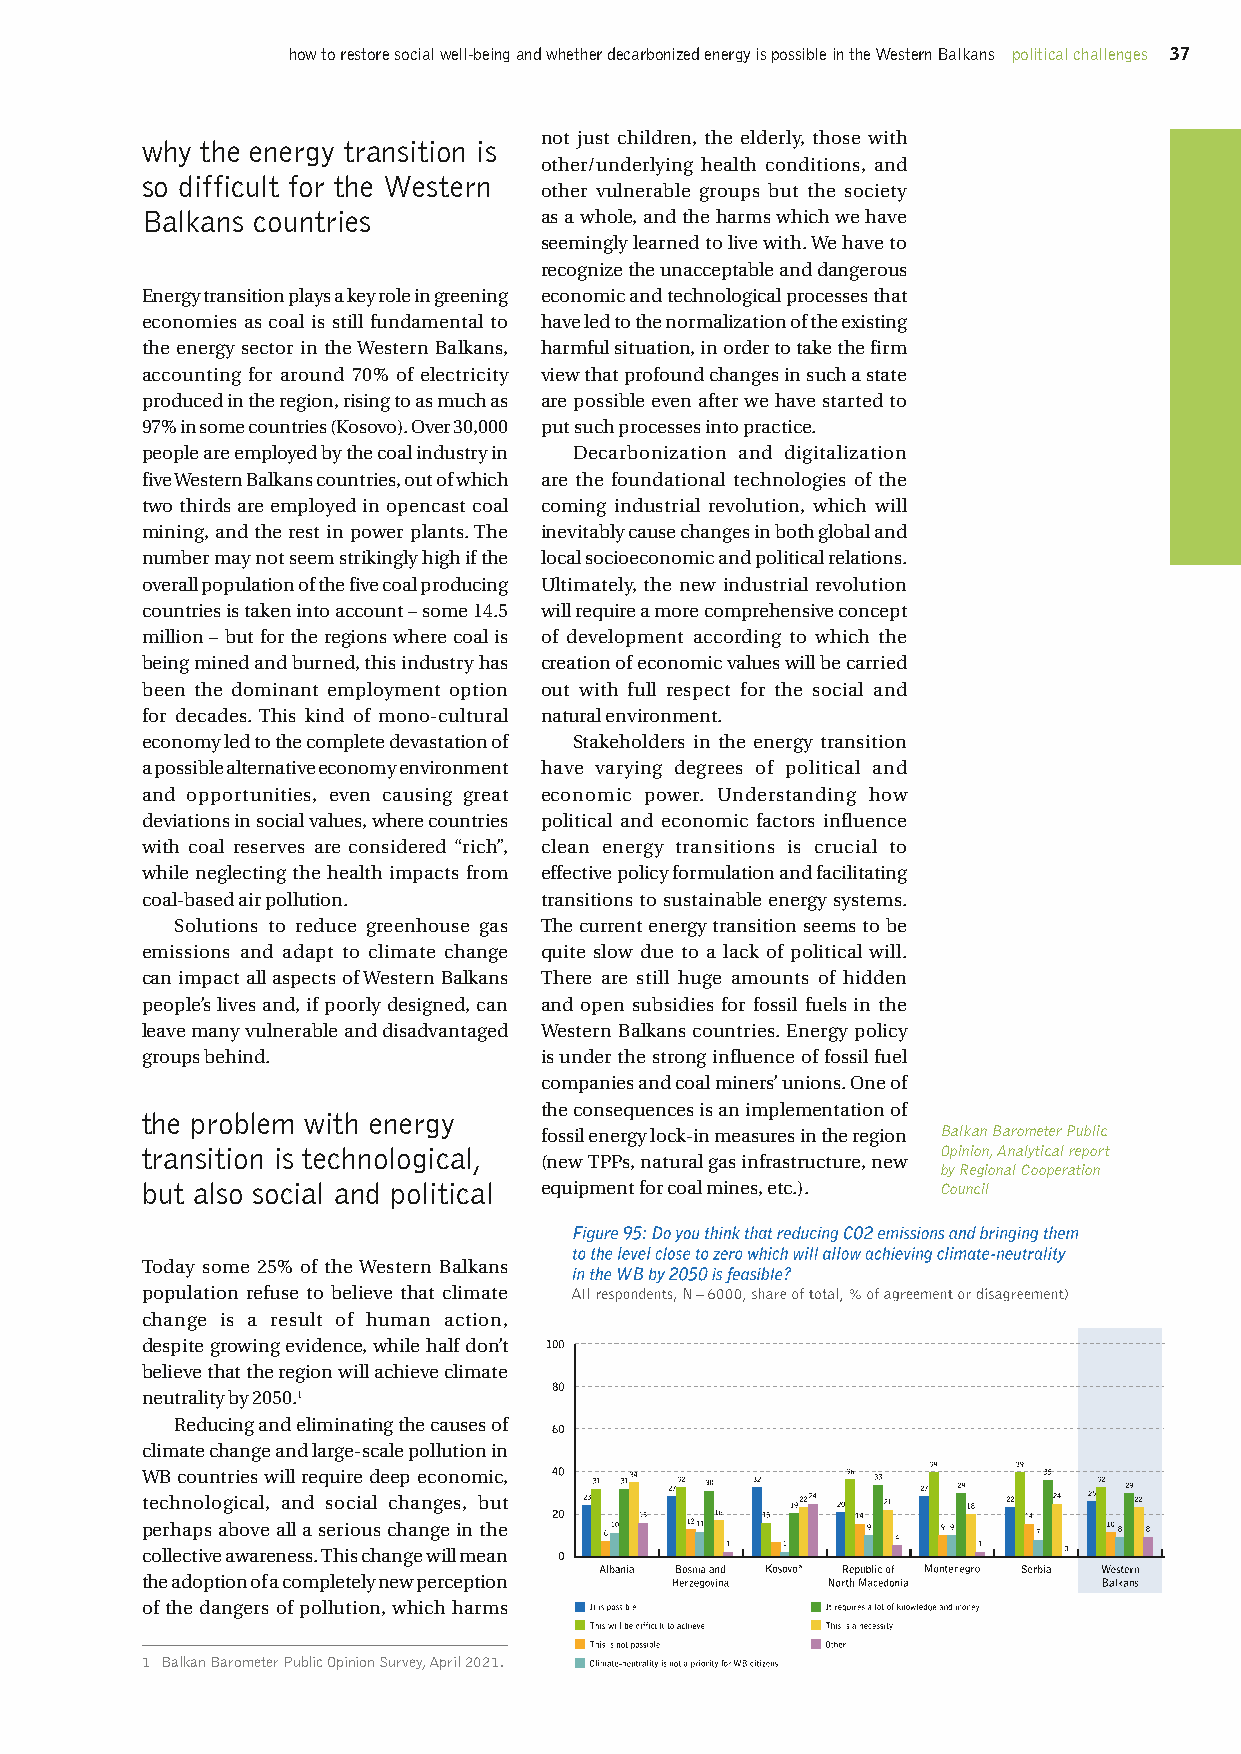
how to restore social well-being and whether decarbonized energy is possible in the Western Balkans political challenges 37
 not just children, the elderly, those with
 why the energy transition is
 other/underlying health conditions, and
 so difficult for the Western
 other vulnerable groups but the society
 Balkans countries          as a whole, and the harms which we have
 seemingly learned to live with. We have to
 recognize the unacceptable and dangerous
 Energy transition plays a key role in greening economic and technological processes that
 economies as coal is still fundamental to have led to the normalization of the existing
 the energy sector in the Western Balkans, harmful situation, in order to take the firm
 accounting for around 70% of electricity view that profound changes in such a state
 produced in the region, rising to as much as are possible even after we have started to
 97% in some countries (Kosovo). Over 30,000 put such processes into practice.
 people are employed by the coal industry in Decarbonization and digitalization
 five Western Balkans countries, out of which are the foundational technologies of the
 two thirds are employed in opencast coal coming industrial revolution, which will
 mining, and the rest in power plants. The inevitably cause changes in both global and
 number may not seem strikingly high if the local socioeconomic and political relations.
 overall population of the five coal producing Ultimately, the new industrial revolution
 countries is taken into account – some 14.5 will require a more comprehensive concept
 million – but for the regions where coal is of development according to which the
 being mined and burned, this industry has creation of economic values will be carried
 been the dominant employment option out with full respect for the social and
 for decades. This kind of mono-cultural natural environment.
 economy led to the complete devastation of Stakeholders in the energy transition
 a possible alternative economy environment have varying degrees of political and
 and opportunities, even causing great economic power. Understanding how
 deviations in social values, where countries political and economic factors influence
 with coal reserves are considered “rich”, clean energy transitions is crucial to
 while neglecting the health impacts from effective policy formulation and facilitating
 coal-based air pollution.  transitions to sustainable energy systems.
 Solutions to reduce greenhouse gas The current energy transition seems to be
 emissions and adapt to climate change quite slow due to a lack of political will.
 can impact all aspects of Western Balkans There are still huge amounts of hidden
 people’s lives and, if poorly designed, can and open subsidies for fossil fuels in the
 leave many vulnerable and disadvantaged Western Balkans countries. Energy policy
 groups behind.             is under the strong influence of fossil fuel
 companies and coal miners’ unions. One of
 the consequences is an implementation of
 the problem with energy
 fossil energy lock-in measures in the region Balkan Barometer Public
 transition is technological,                         Opinion, Analytical report
 (new TPPs, natural gas infrastructure, new
 by Regional Cooperation
 but also social and political equipment for coal mines, etc.). Council
 Today some 25% of the Western Balkans
 population refuse to believe that climate
 change is a result of human action,
 despite growing evidence, while half don’t
 believe that the region will achieve climate
 neutrality by 2050.1
 Reducing and eliminating the causes of
 climate change and large-scale pollution in
 WB countries will require deep economic,
 technological, and social changes, but
 perhaps above all a serious change in the
 collective awareness. This change will mean
 the adoption of a completely new perception
 of the dangers of pollution, which harms
 1 Balkan Barometer Public Opinion Survey, April 2021.